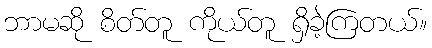
ဘာမဆို စိတ်တူ ကိုယ်တူ ရှိခဲ့ကြတယ်။